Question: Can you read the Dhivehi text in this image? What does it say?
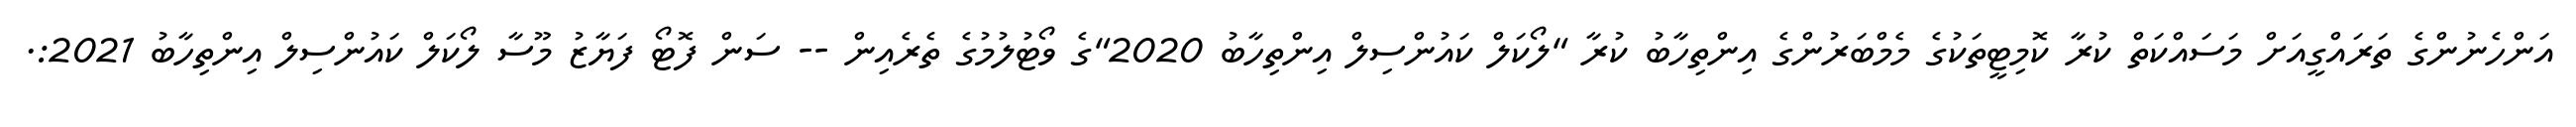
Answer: އަންހެނުންގެ ތަރައްގީއަށް މަސައްކަތް ކުރާ ކޮމިޓީތަކުގެ މެމްބަރުންގެ އިންތިހާބު ކުރާ "ލޯކަލް ކައުންސިލް އިންތިހާބު 2020"ގެ ވޯޓުލުމުގެ ތެރެއިން -- ސަން ފޮޓޯ ފަޔާޒު މޫސާ ލޯކަލް ކައުންސިލް އިންތިހާބު 2021:.